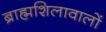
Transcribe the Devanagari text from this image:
ब्राह्मशिलावालों